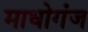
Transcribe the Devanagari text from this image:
माधोगंज